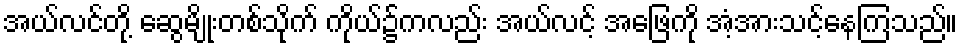
အယ်လင်တို့ ဆွေမျိုးတစ်သိုက် ကိုယ်၌ကလည်း အယ်လင့် အဖြေကို အံ့အားသင့်နေကြသည်။